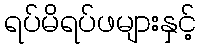
ရပ်မိရပ်ဖများနှင့်